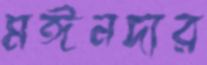
মঈনদার